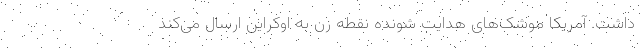
داشت. آمریکا موشک‌های هدایت شونده نقطه زن به اوکراین ارسال می‌کند